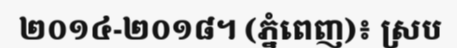
២០១៤-២០១៨។ (ភ្នំពេញ)៖ ស្រប